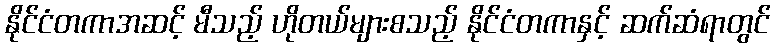
နိုင်ငံတကာအဆင့် မီသည့် ဟိုတယ်များစသည့် နိုင်ငံတကာနှင့် ဆက်ဆံရာတွင်